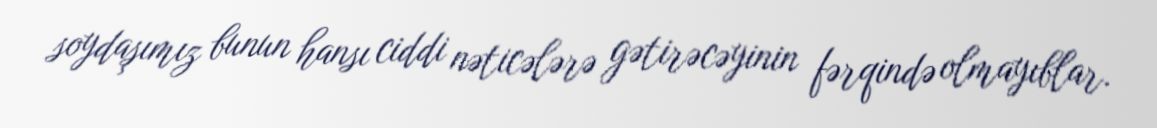
soydaşımız bunun hansı ciddi nəticələrə gətirəcəyinin fərqində olmayıblar.